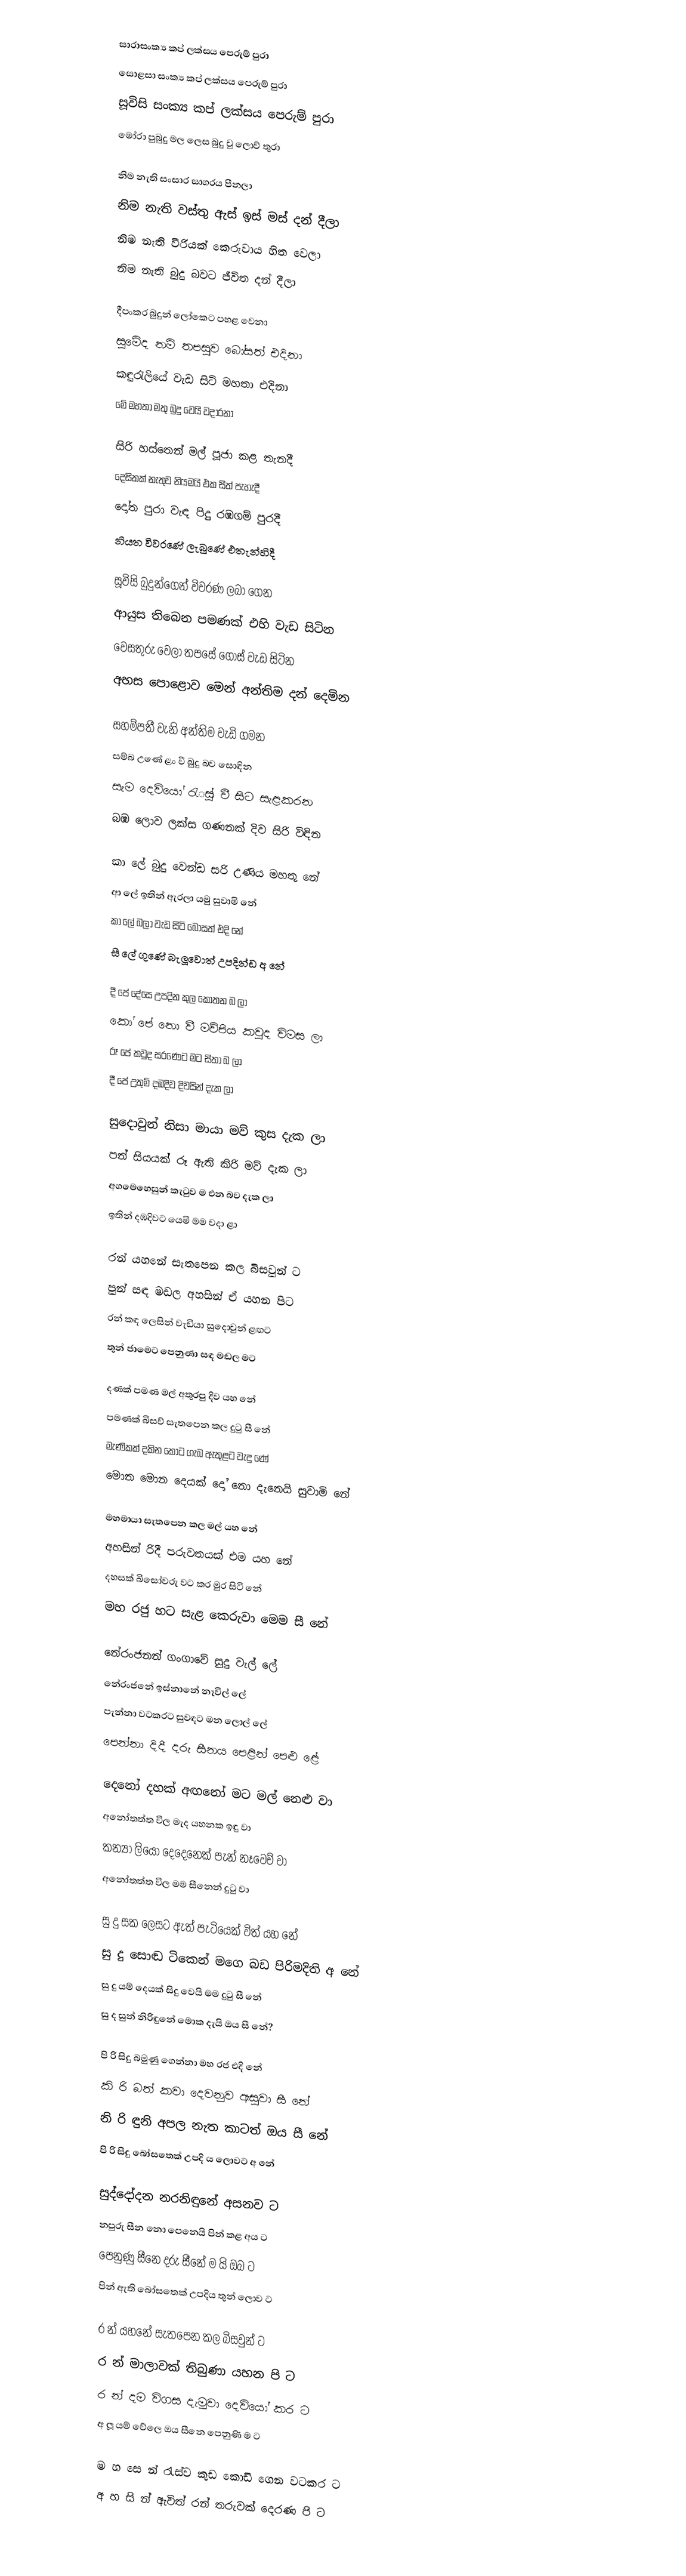
සාරාසංක්‍ය කප් ලක්සය පෙරුම් පුරා
සොළසා සංක්‍ය කප් ලක්සය පෙරුම් පුරා
සූවිසි සංක්‍ය කප් ලක්සය පෙරුම් පුරා
මෝරා පුබුදු මල ලෙස බුදු වු ලොව් තුරා

නිම නැති සංසාර සාගරය පීනලා
නිම නැති වස්තු ඇස් ඉස් මස් දන් දීලා
නිම නැති වීරියක් කෙරුවාය හිත වෙලා
නිම නැති බුදු බවට ජීවිත දන් දීලා

දීපංකර බුදුන් ලෝකෙට පහළ වෙනා
සුමේද නම් තපසුව බෝසත් එදිනා
කඳුරැලියේ වැඩ සිටි මහතා එදිනා
මේ මහතා මතු බුදු වෙයි වදාරනා

සිරි හස්තෙන් මල් පූජා කළ තැනදී
දෙසිතක් නැතුව නියමයි එක සිත් පැහැදී
දෝත පුරා වැඳ පිදු රඹගම් පුරදී
නියත විවරණේ ලැබුණේ එතැන්හිදී

සූවිසි බුදුන්ගෙන් විවරණ ලබා ගෙන
ආයුස තිබෙන පමණක් එහි වැඩ සිටින
වෙසතුරු වෙලා තපසේ ගොස් වැඩ සිටින
අහස පොළොව මෙන් අන්තිම දන් දෙමින

සහම්පතී වැනි අන්තිම වැඩි ගමන
සම්බ උණේ ළං වී බුදු බව සොඳින
සැම දෙවියෝ රැුස් වී සිට සැළකරන
බඹ ලොව ලක්ස ගණනක් දිව සිරි විඳින

කා ලේ බුදු වෙන්ඩ සරි උණිය මහතු නේ
ආ ලේ ඉතින් ඇරලා යමු සුවාමි නේ
කා ලේ බලා වැඩ සිටි බෝසත් එදි නේ
සී ලේ ගුණේ බැලූවොත් උපදින්ඩ අ නේ

දී පේ දේසෙ උපදින කුල කොතන බ ලා
කෝ පේ නො වී මව්පිය කවුද විමස ලා
රූ පේ කවුද සරණෙට මට සිතා බ ලා
දී පේ උතුම් දඹදිව දිවසින් දැක ලා

සුදොවුන් නිසා මායා මව් කුස දැක ලා
පන් සියයක් රූ ඇති කිරි මව් දැක ලා
අගමෙහෙසුන් කැටුව ම එන බව දැක ලා
ඉතින් දඹදිවට යෙමි මම වදා ළා

රන් යහනේ සැතපෙන කල බිසවුන් ට
පුන් සඳ මඬල අහසින් ඒ යහන පිට
රන් කඳ ලෙසින් වැඩියා සුදොවුන් ළඟට
තුන් ජාමෙට පෙනුණා සඳ මඬල මට

දණක් පමණ මල් අතුරපු දිව යහ නේ
පමණක් බිසව් සැතපෙන කල දුටු සී නේ
මැණිකක් දකින කොට ගැබ ඇතුළට වැදු ණේ
මොන මොන දෙයක් දෝ නො දැනෙයි සුවාමි නේ

මහමායා සැතපෙන කල මල් යහ නේ
අහසින් රිදී පරුවතයක් එම යහ නේ
දහසක් බිසෝවරු වට කර මුර සිටි නේ
මහ රජු හට සැළ කෙරුවා මෙම සී නේ

නේරංජනන් ගංගාවේ සුදු වැල් ලේ
නේරංජනේ ඉස්නානේ නෑවිල් ලේ
පැන්නා වටකරට සුවඳට මන ලොල් ලේ
පෙන්නා දිදී දරු සීනය පෙළින් පෙළු ළේ

දෙනෝ දහක් අඟනෝ මට මල් නෙළු වා
අනෝතත්ත විල මැද යහනක ඉඳු වා
කන්‍යා ලියෝ දෙදෙනෙක් පැන් නෑවෙව් වා
අනෝතත්ත විල මම සීනෙන් දුටු වා

සු දු සක ලෙසට ඇත් පැටියෙක් විත් යහ නේ
සු දු සොඬ ටිකෙන් මගෙ බඩ පිරිමදිති අ නේ
සු දු යම් දෙයක් සිදු වෙයි මම දුටු සී නේ
සු ද සුන් නිරිඳුනේ මොක දැයි ඔය සී නේ?

පි රි සිදු බමුණු ගෙන්නා මහ රජ එදි නේ
කි රි බත් කවා දෙවනුව ඇසුවා සී නේ
නි රි ඳුනි අපල නැත කාටත් ඔය සී නේ
පි රි සිදු බෝසතෙක් උපදි ය ලොවට අ නේ

සුද්දෝදන නරනිඳුනේ අසනව ට
නපුරු සීන නො පෙනෙයි පින් කළ අය ට
පෙනුණු සීනෙ දරු සීනේ ම යි ඔබ ට
පින් ඇති බෝසතෙක් උපදිය තුන් ලොව ට

ර න් යහනේ සැතපෙන කල බිසවුන් ට
ර න් මාලාවක් තිබුණා යහන පි ට
ර න් දම විගස දැමුවා දෙවියෝ කර ට
අ ලූ යම් වේලෙ ඔය සීනෙ පෙනුණි ම ට

ම හ සෙ න් රැස්ව කුඩ කොඩි ගෙන වටකර ට
අ හ සි න් ඇවිත් රන් තරුවක් දෙරණ පි ට